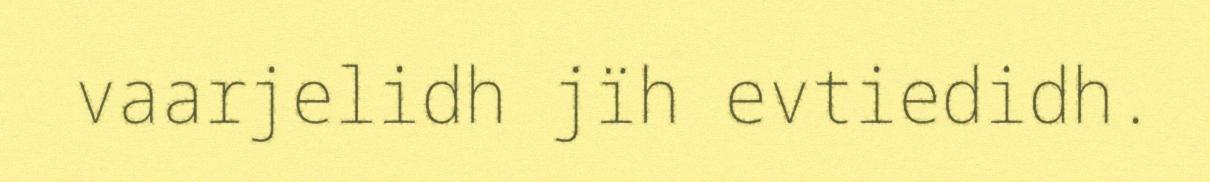
vaarjelidh jïh evtiedidh.